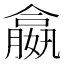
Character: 𡢣